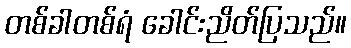
တစ်ခါတစ်ရံ ခေါင်းညိတ်ပြသည်။